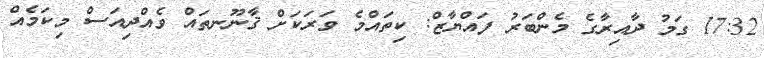
17:32 ގަމު ދާއިރާގެ މެންބަރު ފައްޔާޒް: ކިތައްމެ ވަރަކަށް ޤާނޫނތައް ވެއްދިއަސް މިކަމެއް